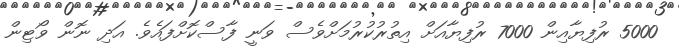
5000 ރުފިޔާއިން 7000 ރުފިޔާއަށް އިތުރުކުރުމަށްވެސް ވަނީ ފާސްކޮށްފައެވެ. އަދި ނޮން ވޯޓިން